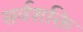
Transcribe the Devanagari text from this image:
सर्वशक्ति